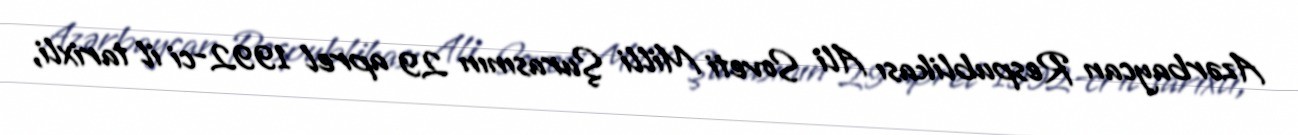
Azərbaycan Respublikası Ali Soveti Milli Şurasının 29 aprel 1992-ci il tarixli,